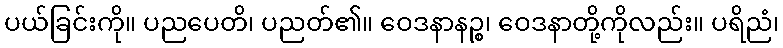
ပယ်ခြင်းကို။ ပညပေတိ၊ ပညတ်၏။ ဝေဒနာနဉ္စ၊ ဝေဒနာတို့ကိုလည်း။ ပရိညံ၊